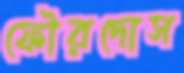
ফৌরদোস